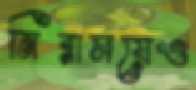
নিরাময়েও